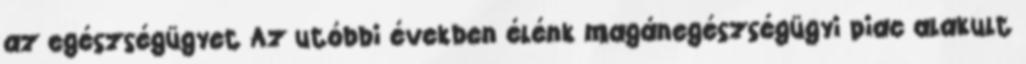
az egészségügyet Az utóbbi években élénk magánegészségügyi piac alakult